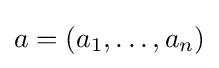
a=(a_{1},\dots ,a_{n})